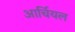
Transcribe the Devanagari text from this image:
आर्चियल